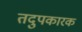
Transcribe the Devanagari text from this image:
तदुपकारक